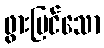
ဖွားမြင်သော